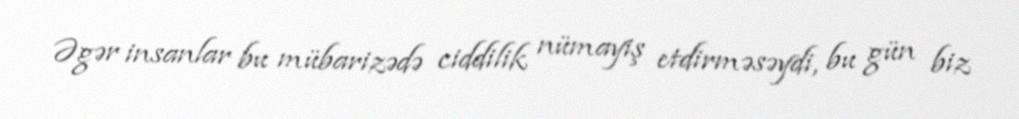
Əgər insanlar bu mübarizədə ciddilik nümayiş etdirməsəydi, bu gün biz